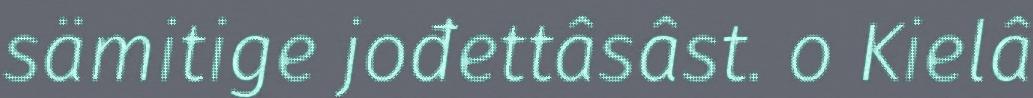
sämitige jođettâsâst. o Kielâ